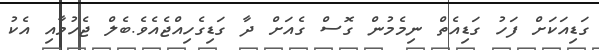
ގަޑިއަކަށް ފަހު ގަޑިއެތް ނިމެމުން ގޮސް ގެއަށް ދާ ގަޑިގެހިއްޖެއެވެ.ބެލް ޖެހުމާއި އެކު